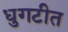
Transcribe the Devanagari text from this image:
धुगटीत